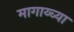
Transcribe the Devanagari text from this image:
मागाय्च्या